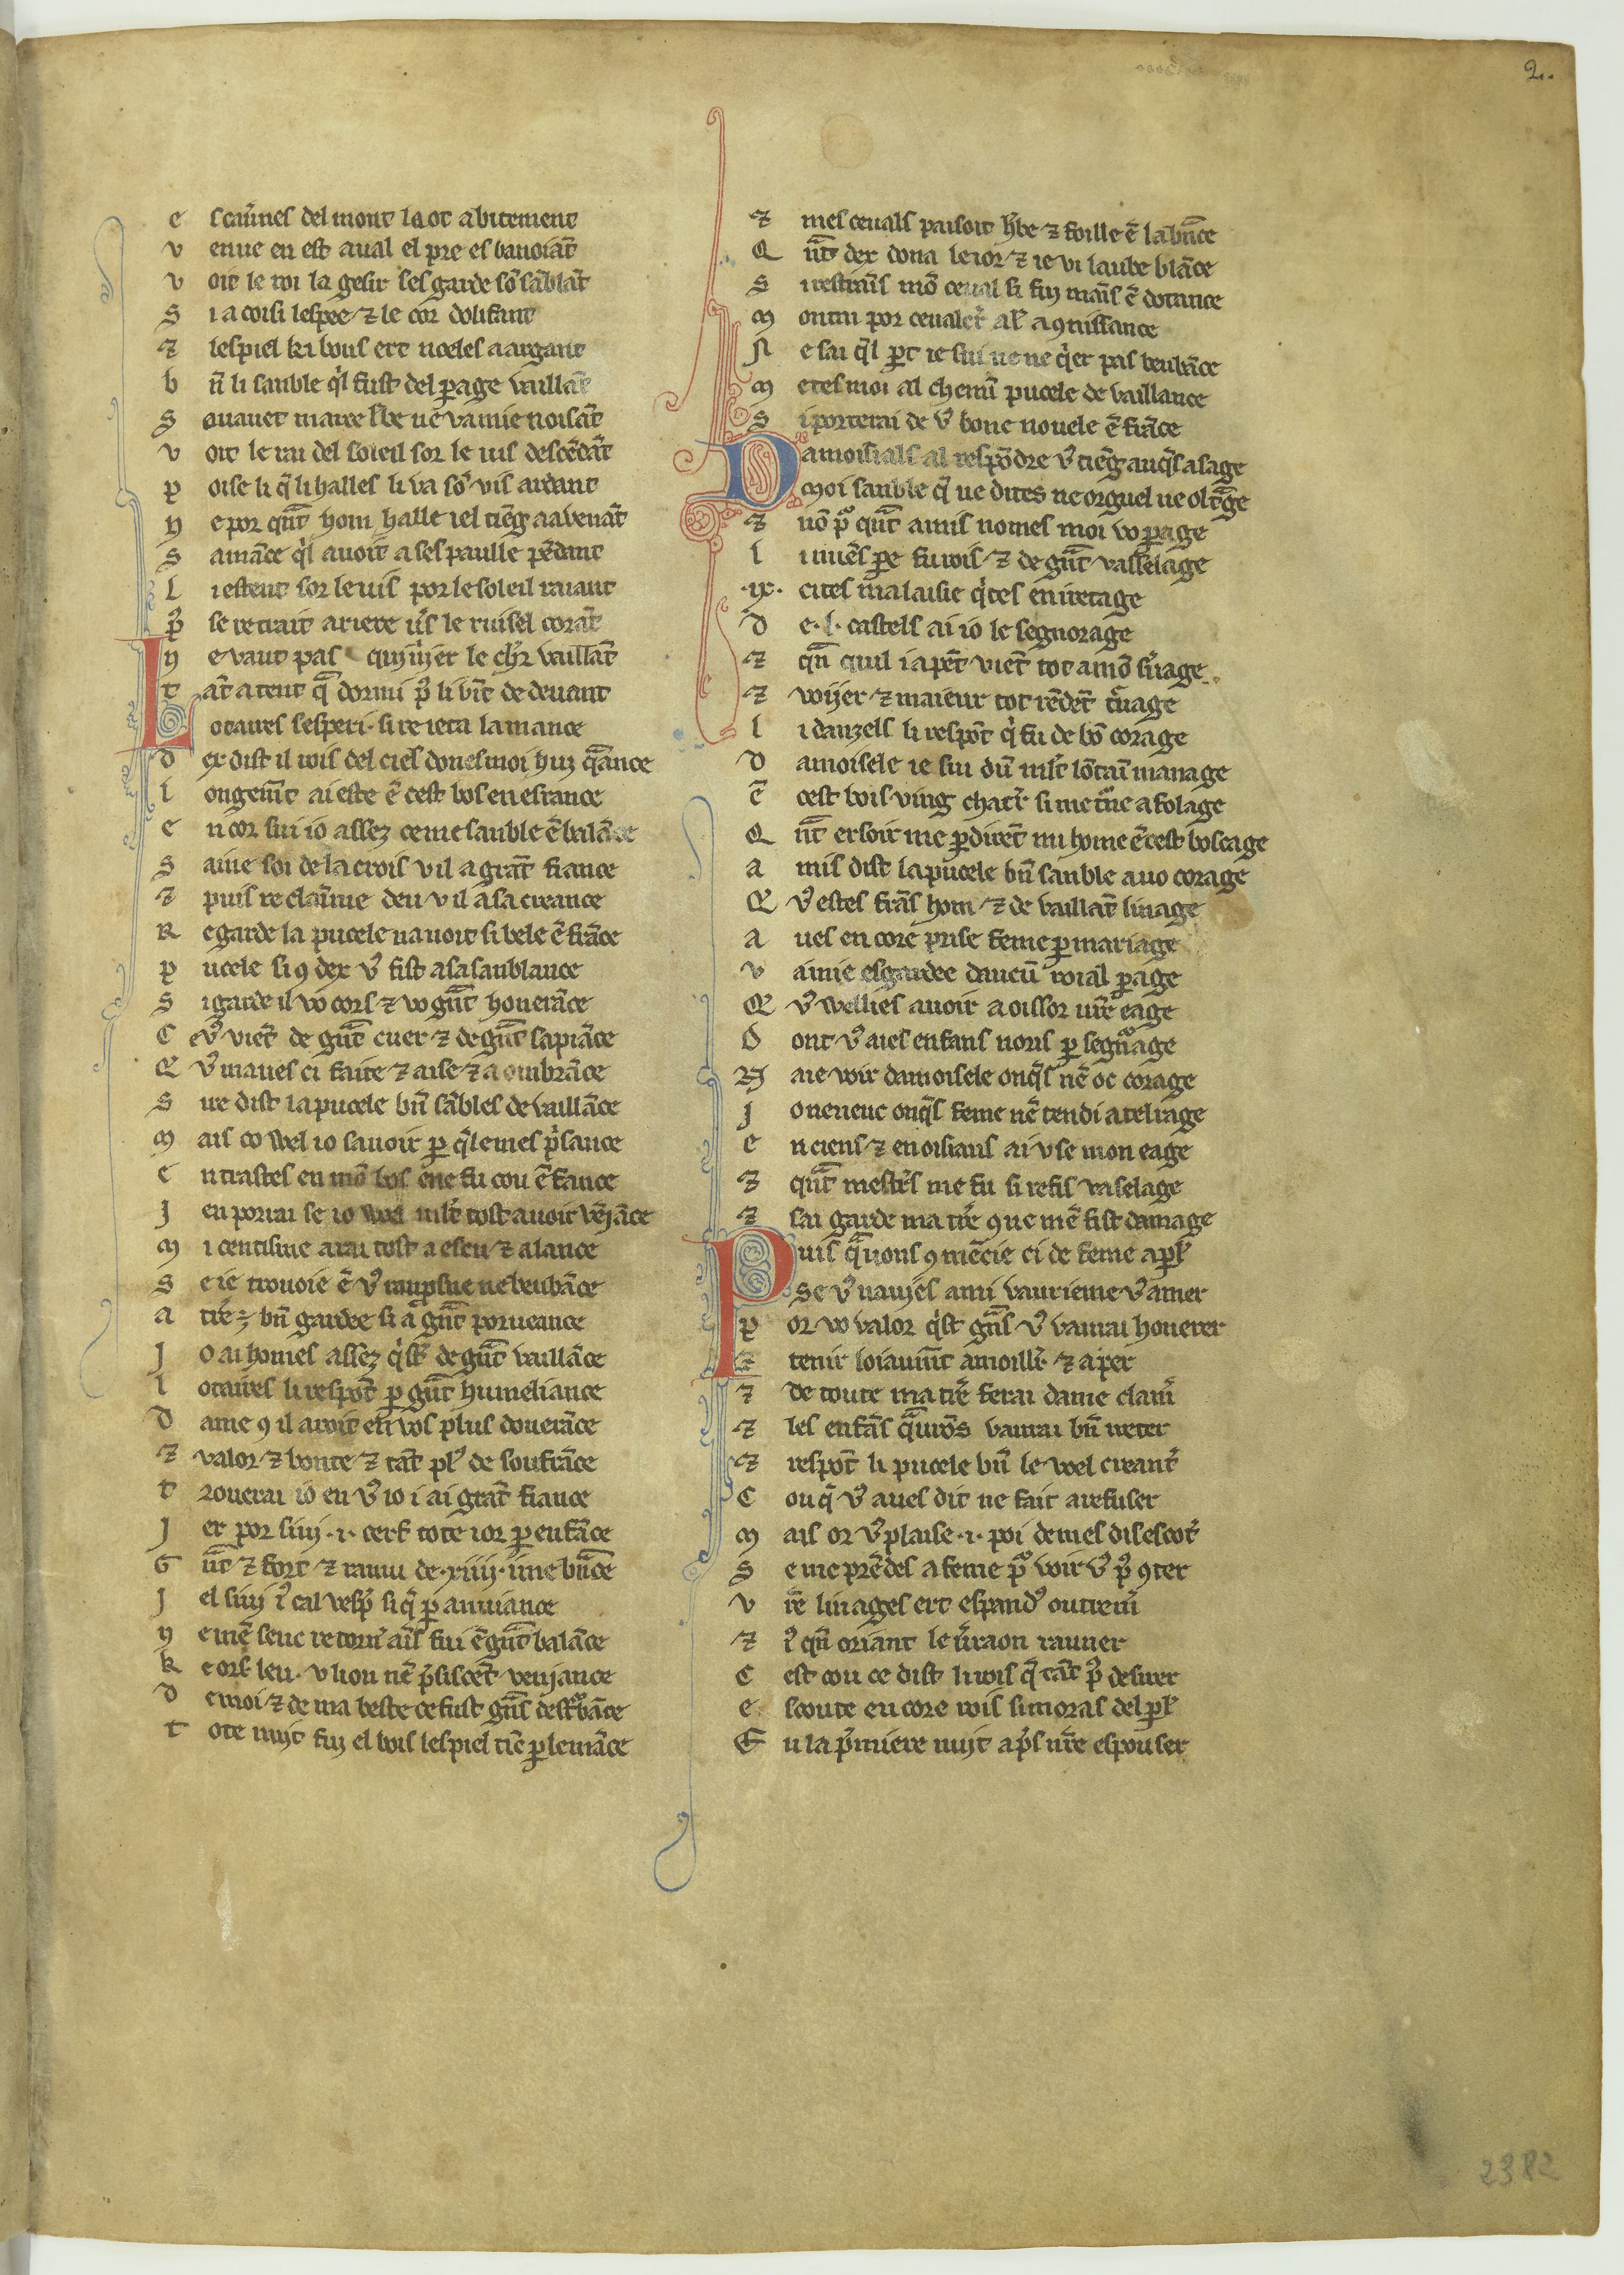
Shelfmark: Paris, BnF, fr. 12558
Century: 14